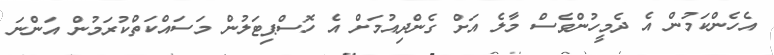
އެހެންކަމުން އެ ދެމީހުންވެސް މާލެ އަށް ގެންދިއުމަށް އެ ހޮސްޕިޓަލުން މަސައްކަތްކުރަމުން އަންނަ